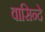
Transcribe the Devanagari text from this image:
वासिन्दे